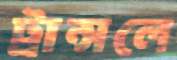
ট্রান্সলে